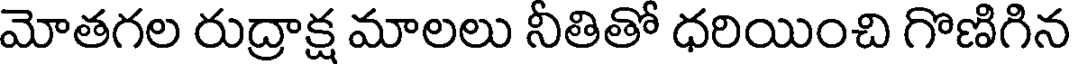
మోతగల రుద్రాక్ష మాలలు నీతితో ధరియించి గొణిగిన